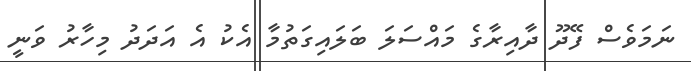
ނަމަވެސް ފޭދޫ ދާއިރާގެ މައްސަލަ ބަލައިގަތުމާ އެކު އެ އަދަދު މިހާރު ވަނީ